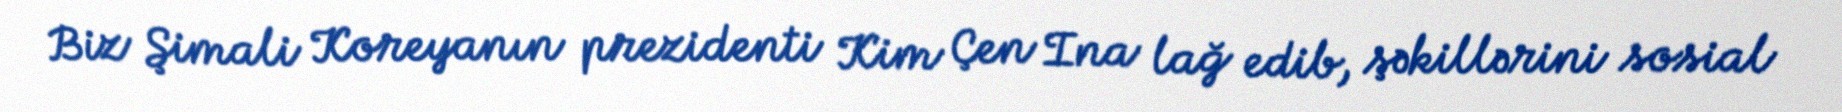
Biz Şimali Koreyanın prezidenti Kim Çen Ina lağ edib, şəkillərini sosial